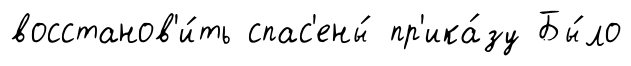
восстанов'и́ть спас'ены́ пр'ика́зу Бы́ло